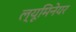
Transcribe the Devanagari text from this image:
ल्यूमिनेयर